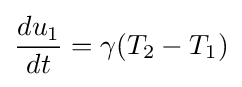
{\frac {du_{1}}{dt}}=\gamma (T_{2}-T_{1})